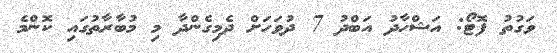
ވަގުތު ފޮޓޯ: އަޝްހާދު އަބްދު 7 ދުވަހަށް ދެމިގެންދާ މި މުބާރާތުގައި ކޮންމެ